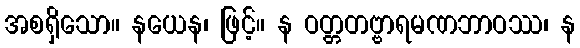
အစရှိသော။ နယေန၊ ဖြင့်။ န ဝတ္တတဗ္ဗာရမဏဘာဝဿ၊ န